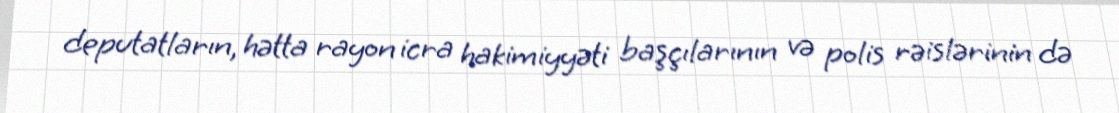
deputatların, hətta rayon icra hakimiyyəti başçılarının və polis rəislərinin də